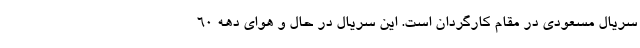
سریال مسعودی در مقام کارگردان است. این سریال در حال و هوای دهه ۶۰